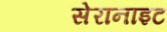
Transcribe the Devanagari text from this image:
सेरानाइट